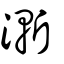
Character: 漸